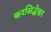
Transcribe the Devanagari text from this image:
करसिद्धेश्वर